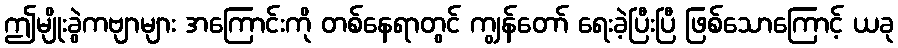
ဤမျိုးခွဲကဗျာများ အကြောင်းကို တစ်နေရာတွင် ကျွန်တော် ရေးခဲ့ပြီးပြီ ဖြစ်သောကြောင့် ယခု